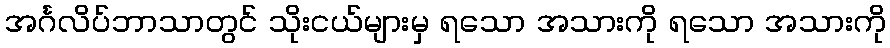
အင်္ဂလိပ်ဘာသာတွင် သိုးငယ်များမှ ရသော အသားကို ရသော အသားကို